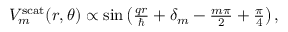
\begin{array} { r } { V _ { m } ^ { \mathrm { s c a t } } ( r , \theta ) \propto \sin \left( \frac { q r } { \hbar } + \delta _ { m } - \frac { m \pi } { 2 } + \frac { \pi } { 4 } \right) , } \end{array}